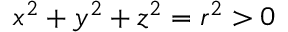
x ^ { 2 } + y ^ { 2 } + z ^ { 2 } = r ^ { 2 } > 0